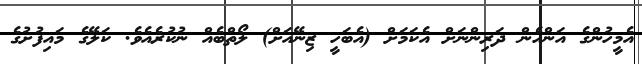
އެމީހުންގެ އަންހެން ދަރިންނަށް އެކަމަށް (އެބަހީ ޒިނޭއަށް) ލޯތްބެއް ނުކުރެއެވެ. ކަލޭގެ މައިފުށުގެ